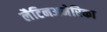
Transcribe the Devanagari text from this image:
लैटिनअमेरिका